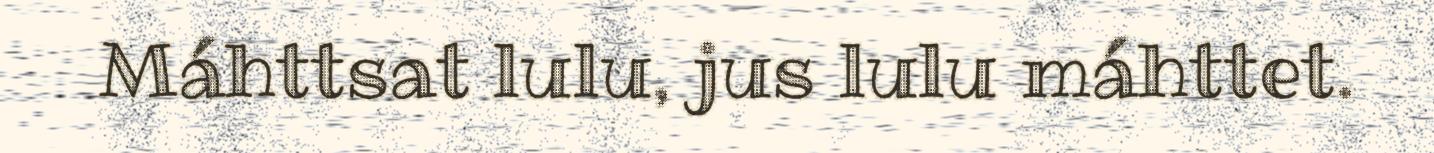
Máhttsat lulu, jus lulu máhttet.